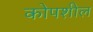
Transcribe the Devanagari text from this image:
कोपशील